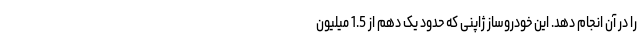
را در آن انجام دهد. این خودروساز ژاپنی که حدود یک دهم از 1.5 میلیون